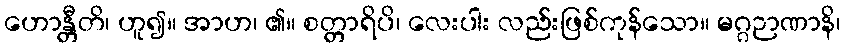
ဟောန္တီတိ၊ ဟူ၍။ အာဟ၊ ၏။ စတ္တာရိပိ၊ လေးပါး လည်းဖြစ်ကုန်သော။ မဂ္ဂဉာဏာနိ၊